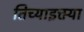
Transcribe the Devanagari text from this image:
तिच्याइक्त्या